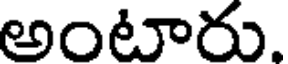
అంటారు.